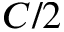
C / 2